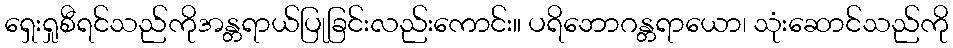
ရှေးရှုစီရင်သည်ကိုအန္တရာယ်ပြုခြင်းလည်းကောင်း။ ပရိဘောဂန္တရာယော၊ သုံးဆောင်သည်ကို